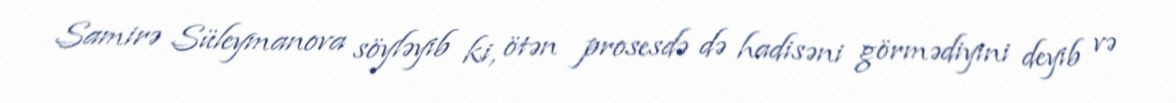
Samirə Süleymanova söyləyib ki, ötən prosesdə də hadisəni görmədiyini deyib və